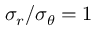
\sigma _ { r } / \sigma _ { \theta } = 1